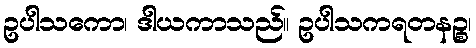
ဥပါသကော၊ ဒါယကာသည်။ ဥပါသကရတနဉ္စ၊